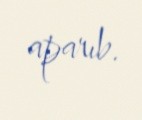
aparıb.